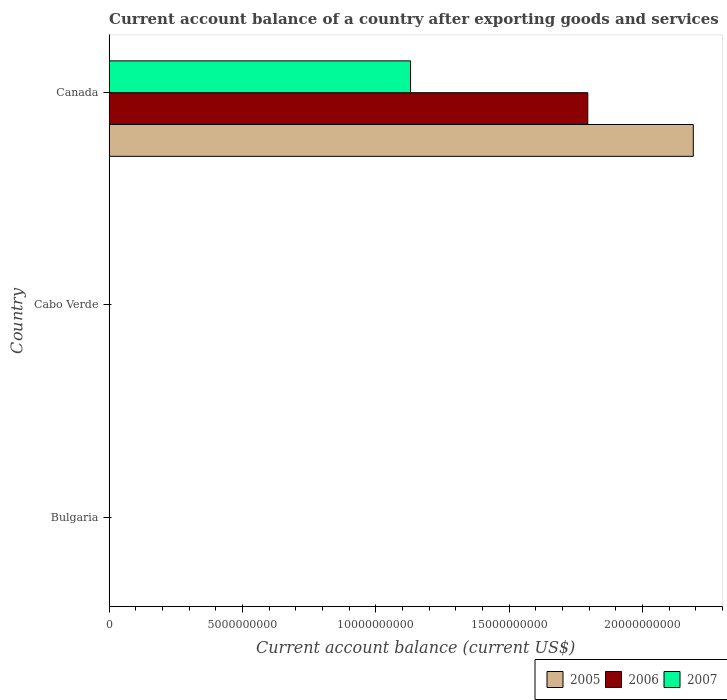
| Country | 2005 | 2006 | 2007 |
 | --- | --- | --- | --- |
 | Bulgaria | -3.35e+09 | -5.86e+09 | -1.14e+10 |
 | Cabo Verde | -4.07e+07 | -8.27e+07 | -1.98e+08 |
 | Canada | 2.19e+10 | 1.8e+10 | 1.13e+10 |